Vaccination returns of the Province of Eastern Bengal and Assam - 1905-1912
Year: 1905
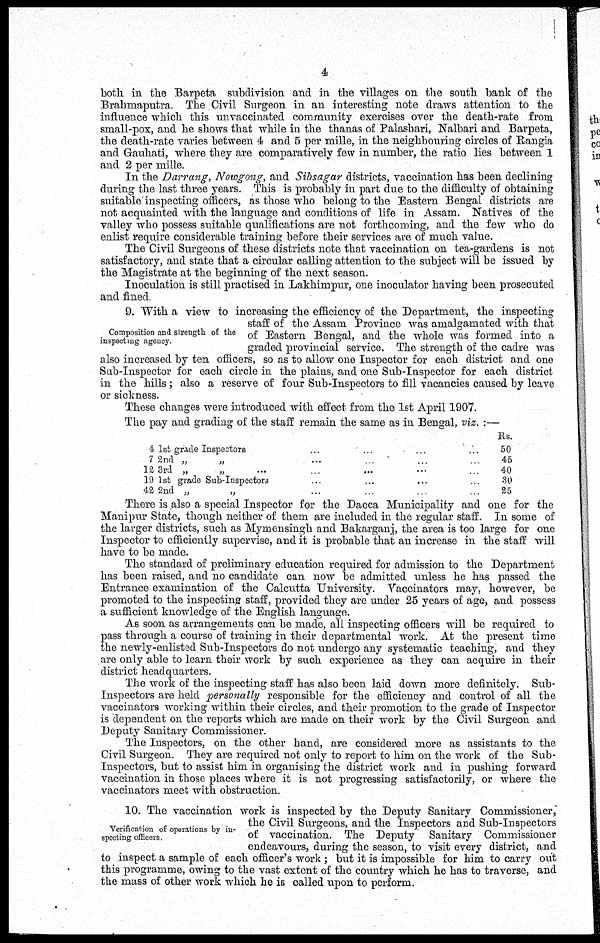
4
both in the Barpeta subdivision and in the villages on the south bank of the
Brahmaputra. The Civil Surgeon in an interesting note draws attention to the
influence which this unvaccinated community exercises over the death-rate from
small-pox, and he shows that while in the thanas of Palasbari, Nalbari and Barpeta,
the death-rate varies between 4 and 5 per mille, in the neighbouring circles of Rangia
and Gauhati, where they are comparatively few in number, the ratio lies between 1
and 2 per mille.
In the Darrang, Nowgong, and Sibsagar districts, vaccination has been declining
during the last three years. This is probably in part due to the difficulty of obtaining
suitable inspecting officers, as those who belong to the Eastern Bengal districts are
not acquainted with the language and conditions of life in Assam. Natives of the
valley who possess suitable qualifications are not forthcoming, and the few who do
enlist require considerable training before their services are of much value.
The Civil Surgeons of these districts note that vaccination on tea-gardens is not
satisfactory, and state that a circular calling attention to the subject will be issued by
the Magistrate at the beginning of the next season.
Inoculation is still practised in Lakhimpur, one inoculator having been prosecuted
and fined.
Composition and strength of the
inspecting agency.
9. With a view to increasing the efficiency of the Department, the inspecting
staff of the Assam Province was amalgamated with that
of Eastern Bengal, and the whole was formed into a
graded provincial service. The strength of the cadre was
also increased by ten officers, so as to allow one Inspector for each district and one
Sub-Inspector for each circle in the plains, and one Sub-Inspector for each district
in the hills; also a reserve of four Sub-Inspectors to fill vacancies caused by leave
or sickness.
These changes were introduced with effect from the 1st April 1907.
The pay and grading of the staff remain the same as in Bengal, viz. :—
4 1st grade Inspectors ... ... ... ...
7 2nd „ ... ... ... ...
12 3rd „
„ ... ... ... ...
19 1st grade Sub-Inspectors ... ... ...
42 2nd „
„
...
...
...
...
Rs.
50
45
40
30
25
There is also a special Inspector for the Dacca Municipality and one for the
Manipur State, though neither of them are included in the regular staff. In some of
the larger districts, such as Mymensingh and Bakarganj, the area is too large for one
Inspector to efficiently supervise, and it is probable that an increase in the staff will
have to be made.
The standard of preliminary education required for admission to the Department
has been raised, and no candidate can now be admitted unless he has passed the
Entrance examination of the Calcutta University. Vaccinators may, however, be
promoted to the inspecting staff, provided they are under 25 years of age, and possess
a sufficient knowledge of the English language.
As soon as arrangements can be made, all inspecting officers will be required to
pass through a course of training in their departmental work. At the present time
the newly-enlisted Sub-Inspectors do not undergo any systematic teaching, and they
are only able to learn their work by such experience as they can acquire in their
district headquarters.
The work of the inspecting staff has also been laid down more definitely. Sub-
Inspectors are held personally responsible for the efficiency and control of all the
vaccinators working within their circles, and their promotion to the grade of Inspector
is dependent on the reports which are made on their work by the Civil Surgeon and
Deputy Sanitary Commissioner.
The Inspectors, on the other hand, are considered more as assistants to the
Civil Surgeon. They are required not only to report to him on the work of the Sub-
Inspectors, but to assist him in organising the district work and in pushing forward
vaccination in those places where it is not progressing satisfactorily, or where the
vaccinators meet with obstruction.
Verification of operations by in-
specting officers.
10. The vaccination work is inspected by the Deputy Sanitary Commissioner,
the Civil Surgeons, and the Inspectors and Sub-Inspectors
of vaccination. The Deputy Sanitary Commissioner
endeavours, during the season, to visit every district, and
to inspect a sample of each officer's work ; but it is impossible for him to carry out
this programme, owing to the vast extent of the country which he has to traverse, and
the mass of other work which he is called upon to perform.